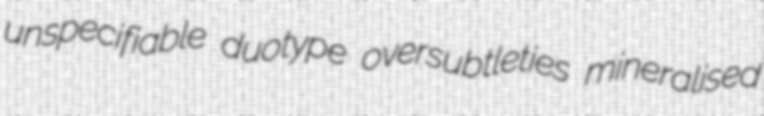
unspecifiable duotype oversubtleties mineralised